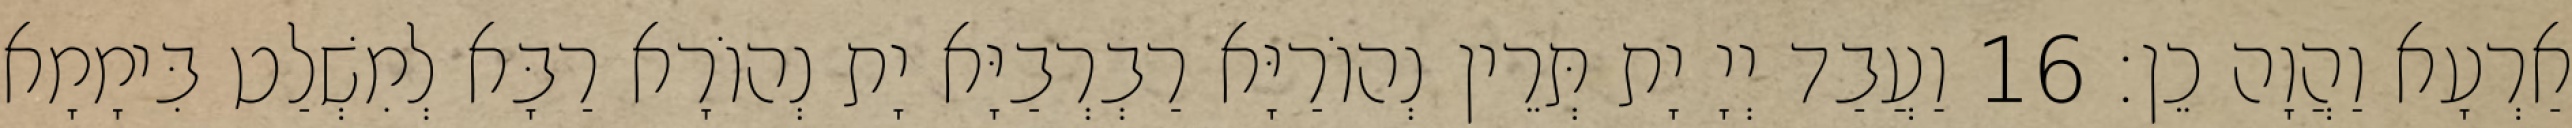
אַרְעָא וַהֲוָה כֵן׃ 16 וַעֲבַד יְיָ יָת תְּרֵין נְהוֹרַיָּא רַבְרְבַיָּא יָת נְהוֹרָא רַבָּא לְמִשְׁלַט בִּימָמָא